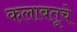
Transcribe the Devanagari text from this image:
कलाबतूचे